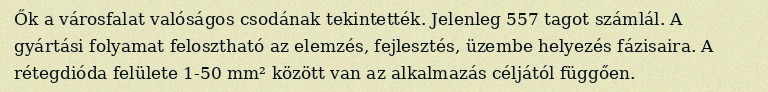
Ők a városfalat valóságos csodának tekintették. Jelenleg 557 tagot számlál. A gyártási folyamat felosztható az elemzés, fejlesztés, üzembe helyezés fázisaira. A rétegdióda felülete 1-50 mm² között van az alkalmazás céljától függően.